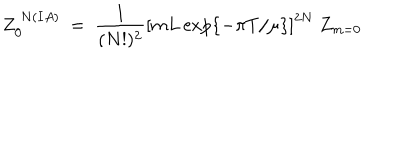
LaTeX: Z _ { 0 } ^ { ~ N ( I A ) } ~ = ~ \frac { 1 } { ( N ! ) ^ { 2 } } \left[ m L \exp \{ - \pi T / \mu \} \right] ^ { 2 N } ~ Z _ { m = 0 }